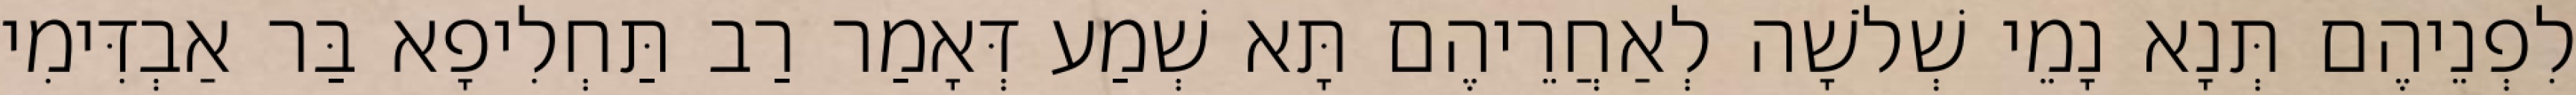
לִפְנֵיהֶם תְּנָא נָמֵי שְׁלֹשָׁה לְאַחֲרֵיהֶם תָּא שְׁמַע דְּאָמַר רַב תַּחְלִיפָא בַּר אַבְדִּימִי